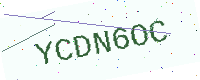
Text: YCDN6OC